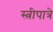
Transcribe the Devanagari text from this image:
स्त्रीपात्रे